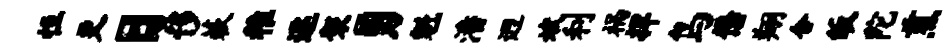
恒更日侈蔌稚逐袈勇魁潘迥斌利祸捍鸟懋翔合皈陀煎